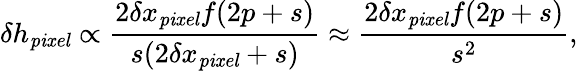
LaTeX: \delta h_{\mathit{pixel}}\propto\frac{2\delta x_{\mathit{pixel}}f(2p+s)}{s(2\delta x_{\mathit{pixel}}+s)}\approx\frac{2\delta x_{\mathit{pixel}}f(2p+s)}{s^{2}},